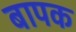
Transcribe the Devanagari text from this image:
बापक